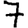
Digit: 7